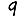
Digit: 9